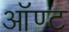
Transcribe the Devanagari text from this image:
ऑण्ट